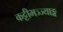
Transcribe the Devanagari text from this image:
कट्टीभञ्ज्याङ्ग